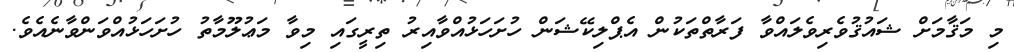
މި މަޤާމަށް ޝައުޤުވެރިވެލައްވާ ފަރާތްތަކުން އެޕްލިކޭޝަން ހުށަހަޅުއްވާއިރު ތިރީގައި މިވާ މަޢުލޫމާތު ހުށަހަޅުއްވަންވާނެއެވެ.